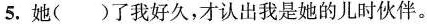
5. 她( )了我好久，才认出我是她的儿时伙伴。